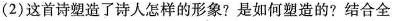
(2)这首诗塑造了诗人怎样的形象?是如何塑造的?结合全